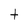
Character: t